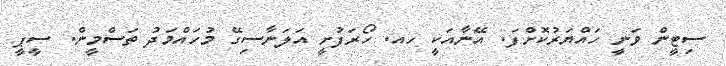
ސިޓީން ވަނީ ހައްޔަރުކޮށްފަ. އޭނާއަކީ ހއ. ހޯރަފުށީ އަލަނާސިގޭ މުހައްމަދު ތަސްމީން. ސީޕީ